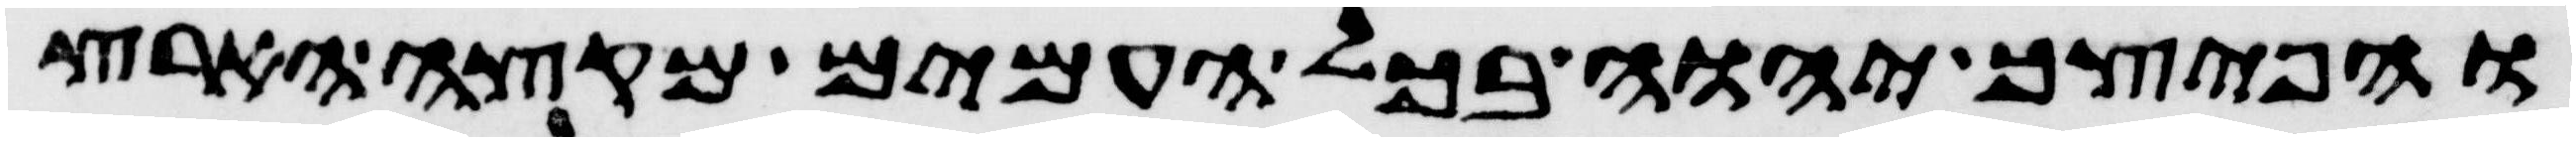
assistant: והפיצך יהוה בכל העמים מקצה הארץ